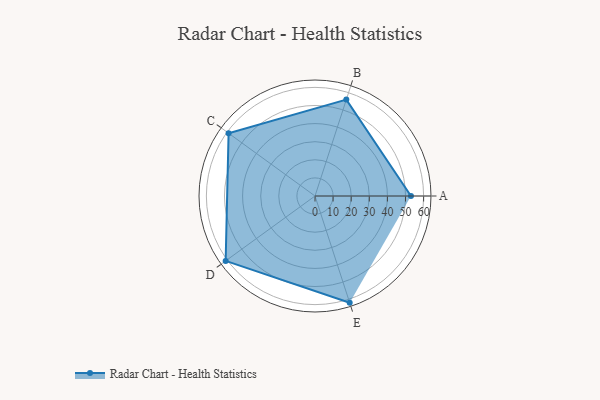
{"axis": {"x": "Skill", "y": "Score"}, "legend": ["Profile"], "data": [{"x": "A", "y": 53.0, "type": "Profile"}, {"x": "B", "y": 56.0, "type": "Profile"}, {"x": "C", "y": 59.0, "type": "Profile"}, {"x": "D", "y": 61.0, "type": "Profile"}, {"x": "E", "y": 62.0, "type": "Profile"}]}